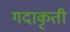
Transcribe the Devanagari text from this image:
गदाकृती